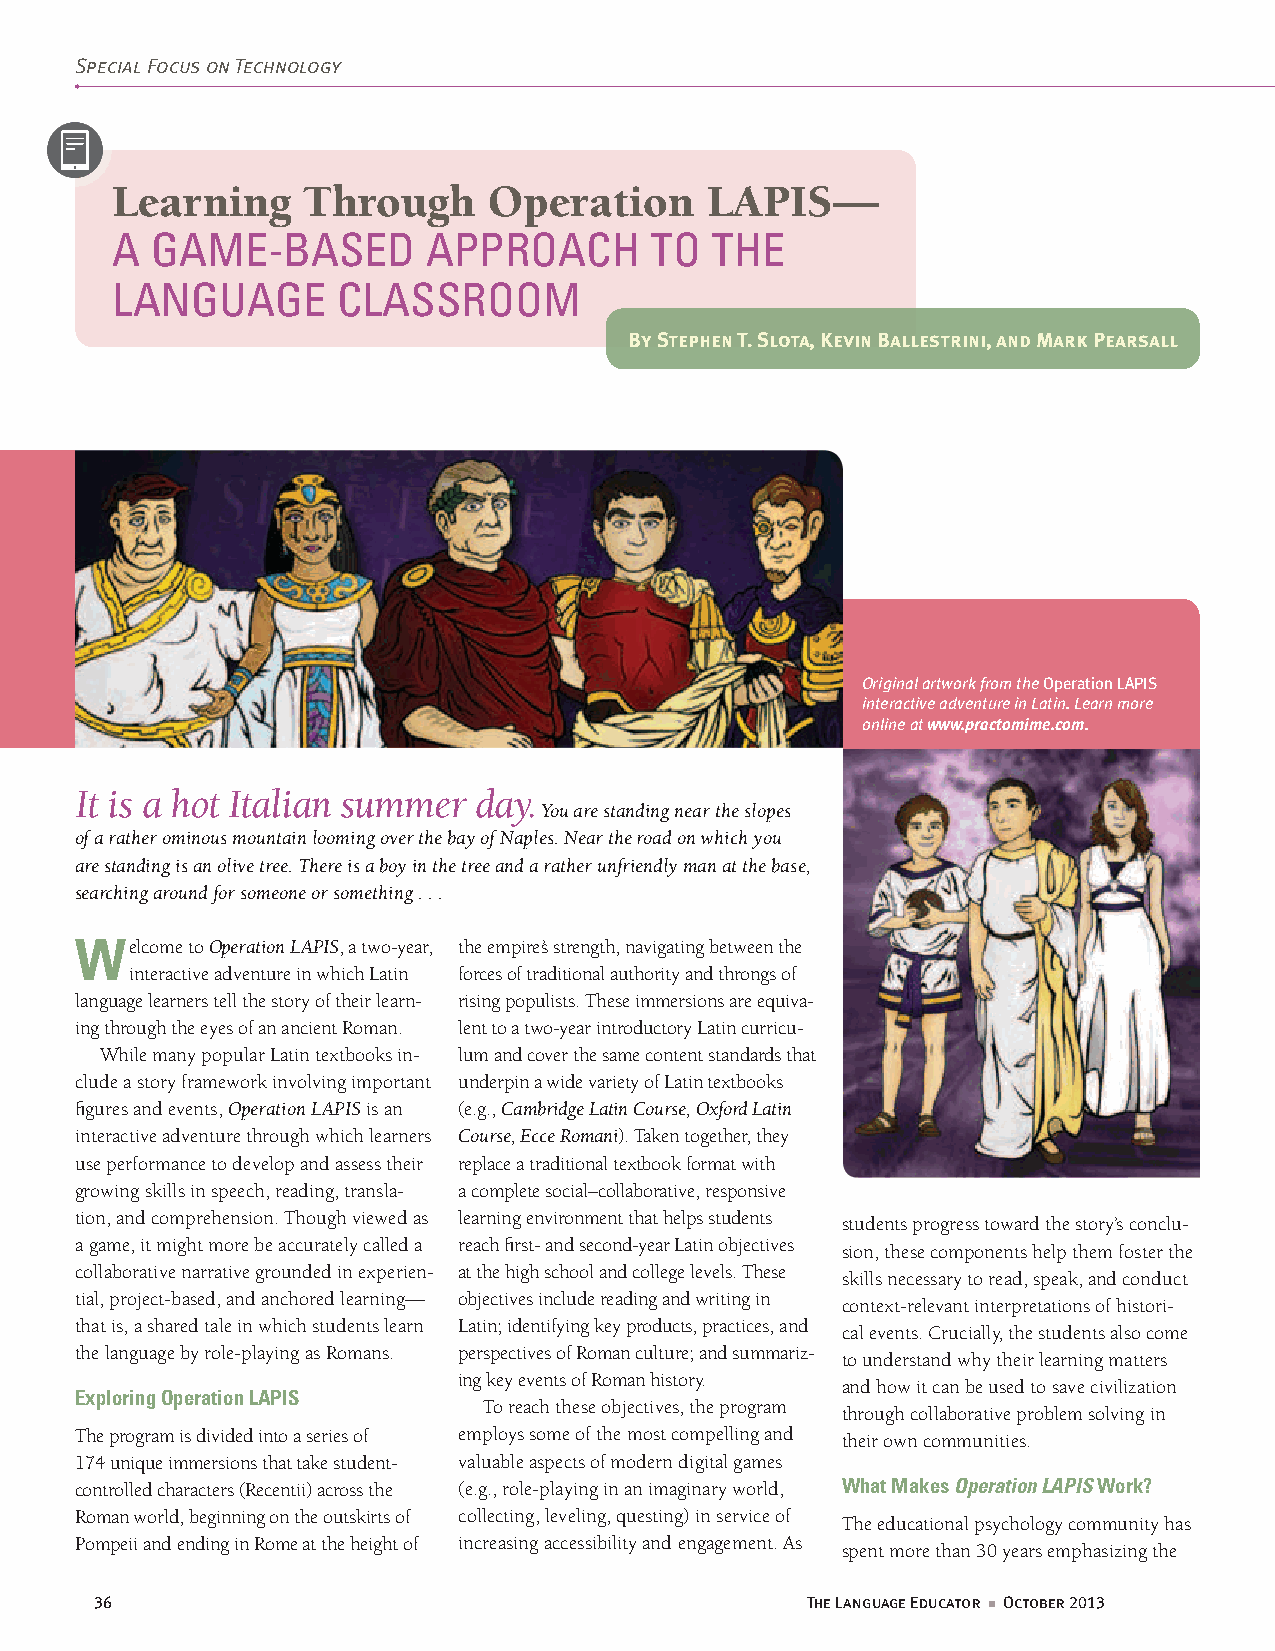
Special Focus on Technology
 Learning     Through     Operation      LAPIS—
 a  game-Based        aPProach       to  the
 language       classroom
 By Stephen T. Slota, Kevin Ballestrini, and Mark Pearsall
 Original artwork from the Operation LAPIS
 interactive adventure in Latin. Learn more
 online at www.practomime.com.
 It is a hot Italian summer day.
 You are standing near the slopes
 of a rather ominous mountain looming over the bay of Naples. Near the road on which you
 are standing is an olive tree. There is a boy in the tree and a rather unfriendly man at the base,
 searching around for someone or something . . .
 Welcome to Operation LAPIS, a two-year, the empire’s strength, navigating between the
 interactive adventure in which Latin forces of traditional authority and throngs of
 language learners tell the story of their learn- rising populists. These immersions are equiva-
 ing through the eyes of an ancient Roman. lent to a two-year introductory Latin curricu-
 While many popular Latin textbooks in- lum and cover the same content standards that
 clude a story framework involving important underpin a wide variety of Latin textbooks
 figures and events, Operation LAPIS is an (e.g., Cambridge Latin Course, Oxford Latin
 interactive adventure through which learners Course, Ecce Romani). Taken together, they
 use performance to develop and assess their replace a traditional textbook format with
 growing skills in speech, reading, transla- a complete social–collaborative, responsive
 tion, and comprehension. Though viewed as learning environment that helps students
 students progress toward the story’s conclu-
 a game, it might more be accurately called a reach first- and second-year Latin objectives
 sion, these components help them foster the
 collaborative narrative grounded in experien- at the high school and college levels. These
 skills necessary to read, speak, and conduct
 tial, project-based, and anchored learning— objectives include reading and writing in
 context-relevant interpretations of histori-
 that is, a shared tale in which students learn Latin; identifying key products, practices, and
 cal events. Crucially, the students also come
 the language by role-playing as Romans. perspectives of Roman culture; and summariz-
 to understand why their learning matters
 ing key events of Roman history.
 and how it can be used to save civilization
 exploring operation lAPIS
 To reach these objectives, the program
 through collaborative problem solving in
 The program is divided into a series of employs some of the most compelling and their own communities.
 174 unique immersions that take student- valuable aspects of modern digital games
 controlled characters (Recentii) across the (e.g., role-playing in an imaginary world, What Makes Operation LAPIS Work?
 Roman world, beginning on the outskirts of collecting, leveling, questing) in service of
 The educational psychology community has
 Pompeii and ending in Rome at the height of increasing accessibility and engagement. As
 spent more than 30 years emphasizing the
 36                                             The Language Educator n October 2013